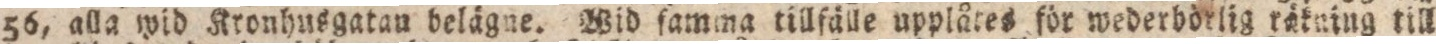
56, alla wid Kronhusgatan belägne. Wid famma tillfälle upplåtes för wederbörlig rükning till